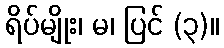
ရိပ်မျိုး၊ မ၊ ပြင် (၃)။